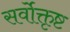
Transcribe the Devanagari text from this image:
सर्वोक्तृष्ट